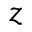
z